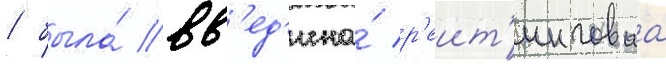
/ была́ вв'ед'ена́ р'еит'инговаа